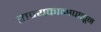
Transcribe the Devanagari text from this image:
राज्यकाळापासून